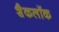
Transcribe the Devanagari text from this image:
शैकलॉक